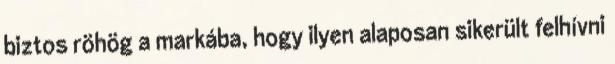
biztos röhög a markába, hogy ilyen alaposan sikerült felhí­vni